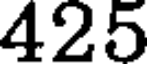
425